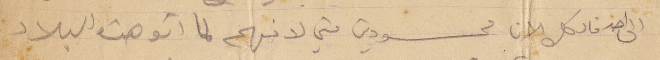
الى احد فالكل الان محسودين مني لانهم لما اتو هذه البلاد